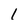
Character: 1